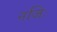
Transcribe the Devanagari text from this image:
नजिः